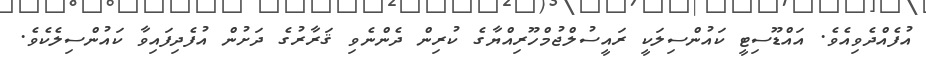
އުފެއްދެވިއެވެ. އައްޑޫސިޓީ ކައުންސިލަކީ ރައީސުލްޖުމްހޫރިއްޔާގެ ކުރިން ދެންނެވި ޤަރާރުގެ ދަށުން އުފެދިފައިވާ ކައުންސިލެކެވެ.